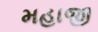
મહાજી